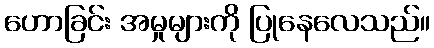
ဟောခြင်း အမှုများကို ပြုနေလေသည်။